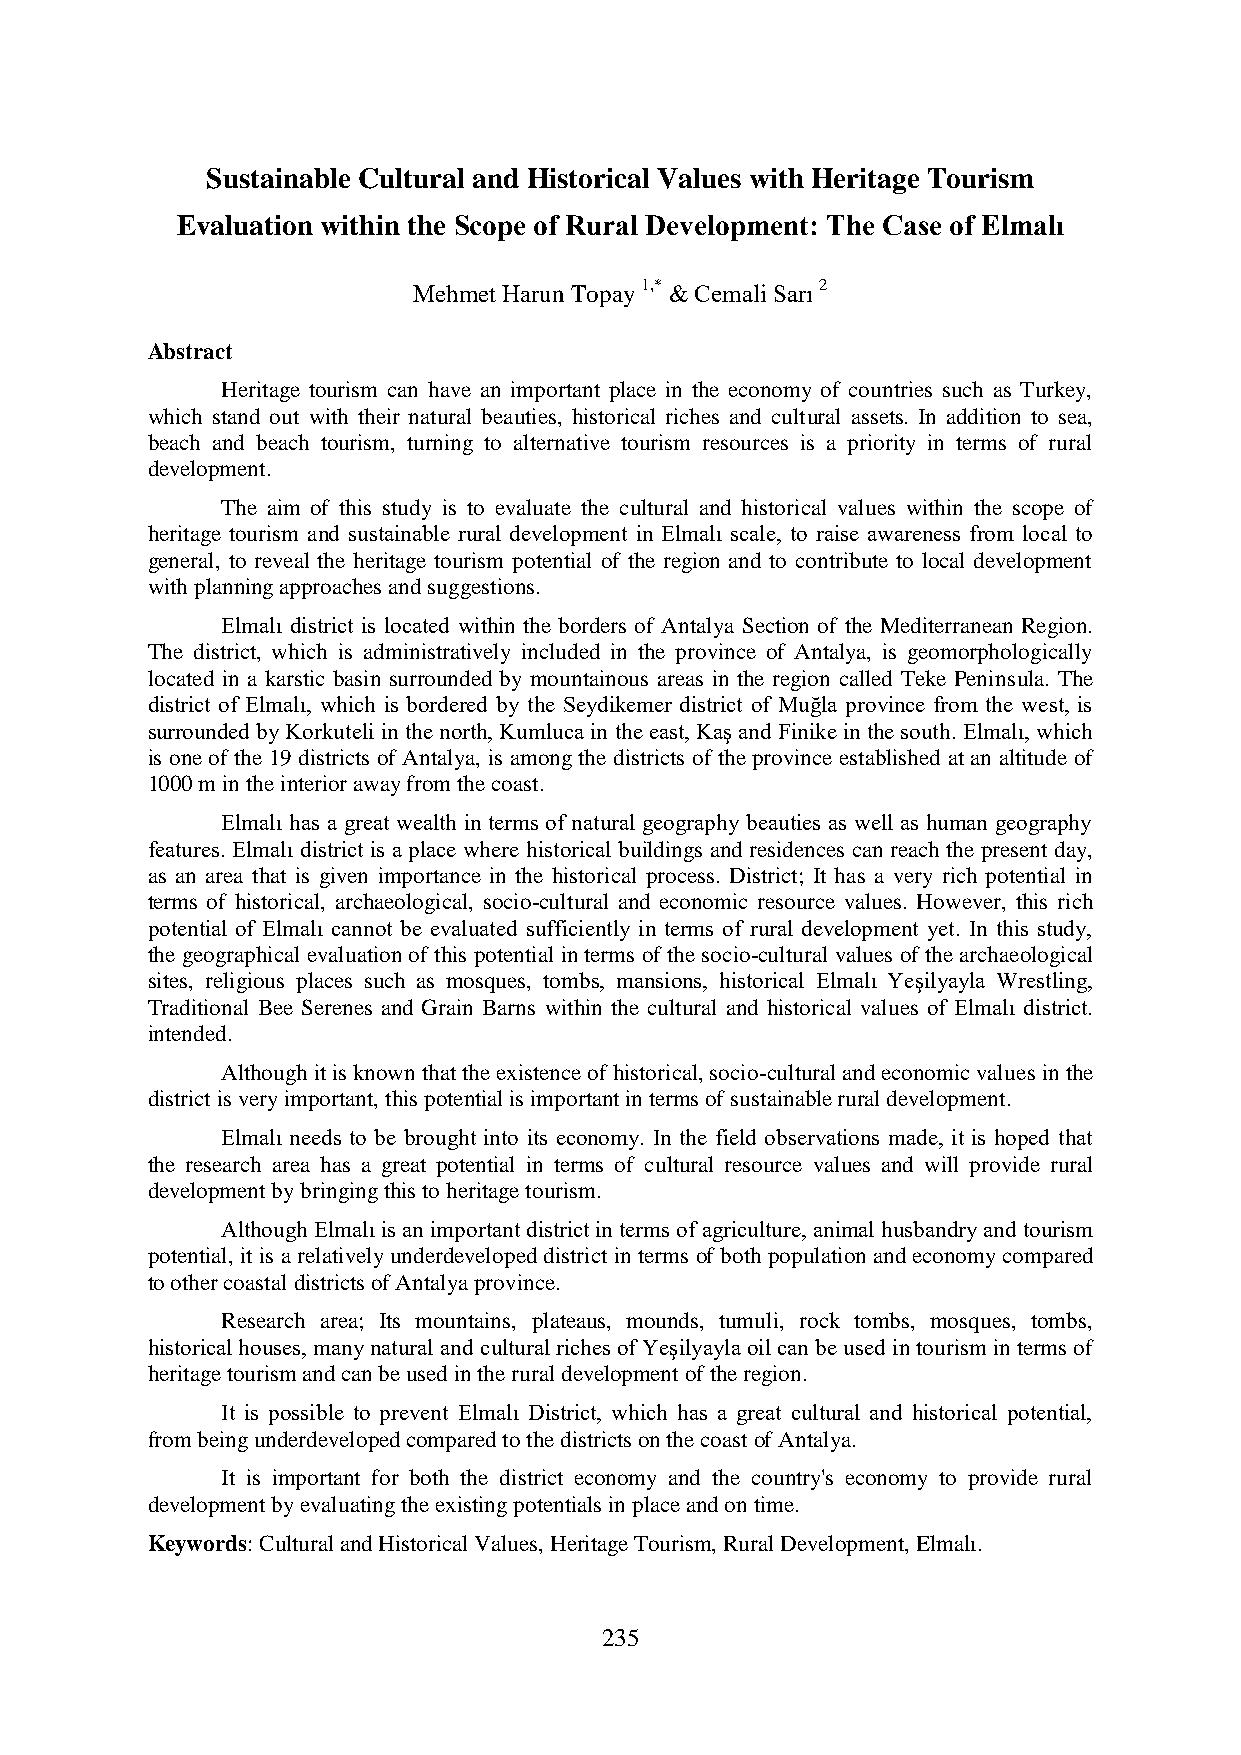
Sustainable Cultural and Historical Values with Heritage Tourism
 Evaluation within the Scope of Rural Development: The Case of Elmalı
 Mehmet Harun Topay 1,* & Cemali Sarı 2
 Abstract
 Heritage tourism can have an important place in the economy of countries such as Turkey,
 which stand out with their natural beauties, historical riches and cultural assets. In addition to sea,
 beach and beach tourism, turning to alternative tourism resources is a priority in terms of rural
 development.
 The aim of this study is to evaluate the cultural and historical values within the scope of
 heritage tourism and sustainable rural development in Elmalı scale, to raise awareness from local to
 general, to reveal the heritage tourism potential of the region and to contribute to local development
 with planning approaches and suggestions.
 Elmalı district is located within the borders of Antalya Section of the Mediterranean Region.
 The district, which is administratively included in the province of Antalya, is geomorphologically
 located in a karstic basin surrounded by mountainous areas in the region called Teke Peninsula. The
 district of Elmalı, which is bordered by the Seydikemer district of Muğla province from the west, is
 surrounded by Korkuteli in the north, Kumluca in the east, Kaş and Finike in the south. Elmalı, which
 is one of the 19 districts of Antalya, is among the districts of the province established at an altitude of
 1000 m in the interior away from the coast.
 Elmalı has a great wealth in terms of natural geography beauties as well as human geography
 features. Elmalı district is a place where historical buildings and residences can reach the present day,
 as an area that is given importance in the historical process. District; It has a very rich potential in
 terms of historical, archaeological, socio-cultural and economic resource values. However, this rich
 potential of Elmalı cannot be evaluated sufficiently in terms of rural development yet. In this study,
 the geographical evaluation of this potential in terms of the socio-cultural values of the archaeological
 sites, religious places such as mosques, tombs, mansions, historical Elmalı Yeşilyayla Wrestling,
 Traditional Bee Serenes and Grain Barns within the cultural and historical values of Elmalı district.
 intended.
 Although it is known that the existence of historical, socio-cultural and economic values in the
 district is very important, this potential is important in terms of sustainable rural development.
 Elmalı needs to be brought into its economy. In the field observations made, it is hoped that
 the research area has a great potential in terms of cultural resource values and will provide rural
 development by bringing this to heritage tourism.
 Although Elmalı is an important district in terms of agriculture, animal husbandry and tourism
 potential, it is a relatively underdeveloped district in terms of both population and economy compared
 to other coastal districts of Antalya province.
 Research area; Its mountains, plateaus, mounds, tumuli, rock tombs, mosques, tombs,
 historical houses, many natural and cultural riches of Yeşilyayla oil can be used in tourism in terms of
 heritage tourism and can be used in the rural development of the region.
 It is possible to prevent Elmalı District, which has a great cultural and historical potential,
 from being underdeveloped compared to the districts on the coast of Antalya.
 It is important for both the district economy and the country's economy to provide rural
 development by evaluating the existing potentials in place and on time.
 Keywords: Cultural and Historical Values, Heritage Tourism, Rural Development, Elmalı.
 235